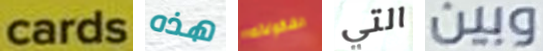
cards هذه الشكولاته التي وبين